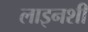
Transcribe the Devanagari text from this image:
लाइनशी